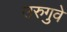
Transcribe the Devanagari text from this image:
उरुगुवे